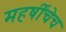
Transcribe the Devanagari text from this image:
महर्षींचेच